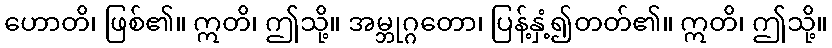
ဟောတိ၊ ဖြစ်၏။ ဣတိ၊ ဤသို့။ အမ္ဘုဂ္ဂတော၊ ပြန့်နှံ့၍တတ်၏။ ဣတိ၊ ဤသို့။